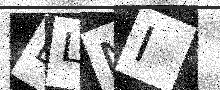
Text: ELNI